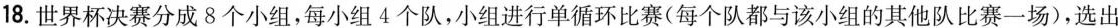
18.世界杯决赛分成8个小组，每小组4个队，小组进行单循环比赛(每个队都与该小组的其他队比赛一场)，选出